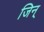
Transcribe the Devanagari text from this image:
जिन्